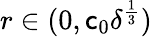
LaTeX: r\in(0,\mathsf{c}_{0}\delta^{\frac{1}{3}})